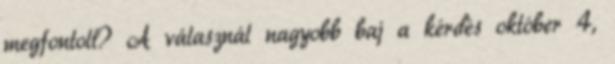
megfontolt? A válasznál nagyobb baj a kérdés október 4,